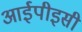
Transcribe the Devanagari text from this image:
आईपीइसी